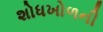
શોધખોળની